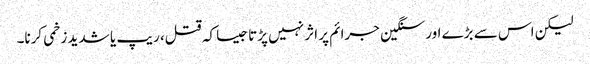
لیکن اس سے بڑے اور سنگین جرائم پر اثر نہیں پڑتا جیسا کہ قتل، ریپ یا شدید زخمی کرنا۔